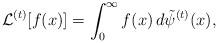
LaTeX: \begin{align*} \mathcal{L}^{(t)}[f(x)] = \int_{0}^{\infty} f(x) \, d \tilde{\psi}^{(t)}(x),\end{align*}